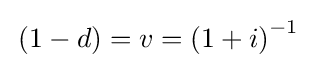
\,(1-d)=v={(1+i)}^{-1}